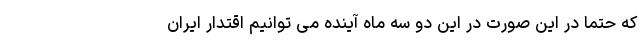
که حتماً‌ در این صورت در این دو سه ماه آینده می توانیم اقتدار ایران